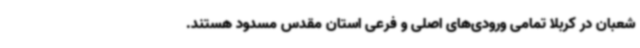
شعبان در کربلا تمامی ورودی‌های اصلی و فرعی استان مقدس مسدود هستند.